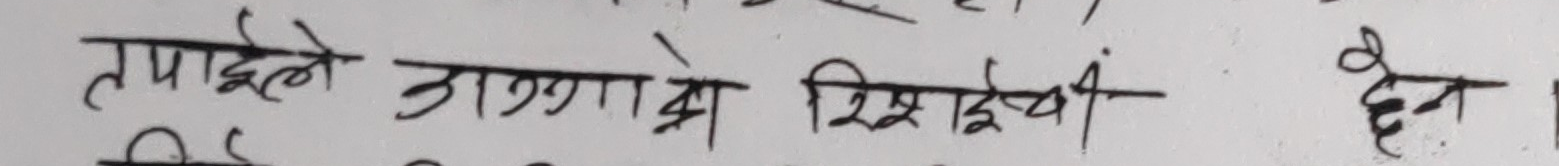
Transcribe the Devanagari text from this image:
तपाईल डाँगात्रो शिराईचीं हेन